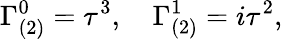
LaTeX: \Gamma_{(2)}^{0}=\tau^{3},\quad\Gamma_{(2)}^{1}=i\tau^{2},